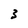
Character: 3